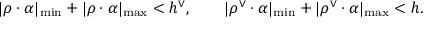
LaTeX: | \rho \cdot \alpha | _ { \mathrm { m i n } } + | \rho \cdot \alpha | _ { \mathrm { m a x } } < h ^ { \vee } , \qquad | \rho ^ { \vee } \cdot \alpha | _ { \mathrm { m i n } } + | \rho ^ { \vee } \cdot \alpha | _ { \mathrm { m a x } } < h .